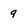
Character: 9